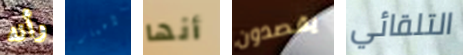
وأنه الأعمار أنها يقصدون التلقائي